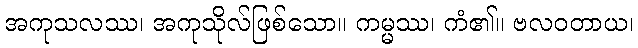
အကုသလဿ၊ အကုသိုလ်ဖြစ်သော။ ကမ္မဿ၊ ကံ၏။ ဗလဝတာယ၊